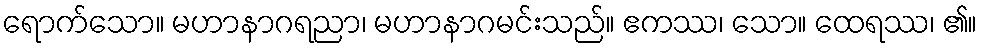
ရောက်သော။ မဟာနာဂရညာ၊ မဟာနာဂမင်းသည်။ ဧကဿ၊ သော။ ထေရဿ၊ ၏။